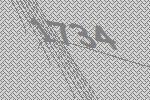
1734